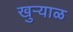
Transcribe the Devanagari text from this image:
खुऱ्याळ